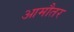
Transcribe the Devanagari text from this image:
आमौतर